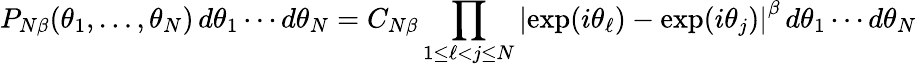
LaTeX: P_{N\beta}(\theta_{1},\ldots,\theta_{N})\, d\theta_{1}\cdots d\theta_{N}=C_{N\beta}\prod_{1\leq\ell<j\leq N}\left\vert\exp(i\theta_{\ell})-\exp(i\theta_{j})\right\vert^{\beta}\, d\theta_{1}\cdots d\theta_{N}